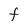
Character: F